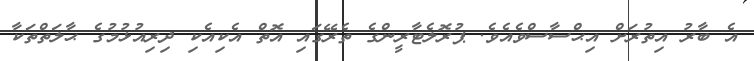
އެ ބާރު އިތުރަށް އިޙްސާސްވެއެވެ. ޕުރޮލެޓާރީންގެ ތެރޭގައި އޮތް އެކިއެކި ދިރިއުޅުމުގެ ޙާލަތްތަކާ